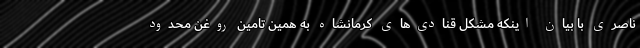
ناصری با بیان اینکه مشکل قنادی‌های کرمانشاه به همین تامین روغن محدود